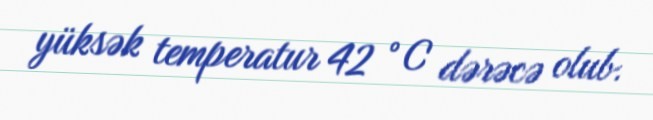
yüksək temperatur 42 °C dərəcə olub.